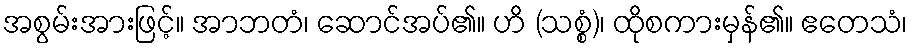
အစွမ်းအားဖြင့်။ အာဘတံ၊ ဆောင်အပ်၏။ ဟိ (သစ္စံ)၊ ထိုစကားမှန်၏။ ဧတေသံ၊